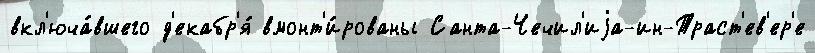
вкл'юча́вшего д'екабр'я́ вмонт'и́рованы Санта-Чечил'иjа-ин-Траст'ев'ер'е